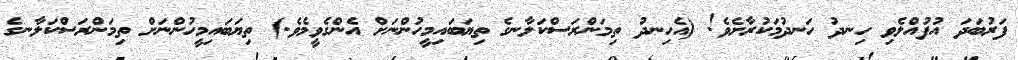
ފަރުބަދަ އުފުއްލެވި ހިނދު ހަނދުމަކުރާށެވެ! (އެހިނދު ތިމަންރަސްކަލާނގެ ތިޔަބައިމީހުންނަށް އެންގެވީމެވެ.) ތިޔަބައިމީހުންނަށް ތިމަންރަސްކަލާނގެ